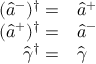
\begin{array} { r l } { ( \hat { a } ^ { - } ) ^ { \dagger } = } & { { } \hat { a } ^ { + } } \\ { ( \hat { a } ^ { + } ) ^ { \dagger } = } & { { } \hat { a } ^ { - } } \\ { \hat { \gamma } ^ { \dagger } = } & { { } \hat { \gamma } } \end{array}